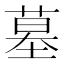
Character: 墓